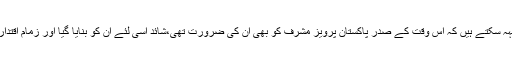
آپ یہ بھی کہہ سکتے ہیں کہ اس وقت کے صدر پاکستان پرویز مشرف کو بھی ان کی ضرورت تھی،شائد اسی لئے ان کو بنایا گیا اور زمام اقتدار بھی دیا گیا۔